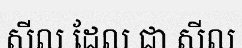
សីល ដែល ជា សីល